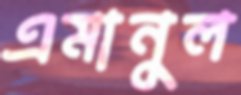
এমানুল